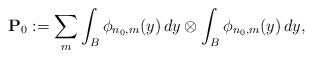
\begin{align*}{\bf{P}}_0 := \sum_{m} \int_{B}\phi_{n_{0},m}(y)\,dy\otimes\int_{B}\phi_{n_{0},m}(y)\,dy, \end{align*}